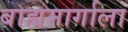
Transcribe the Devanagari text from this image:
बाह्यमार्गाला